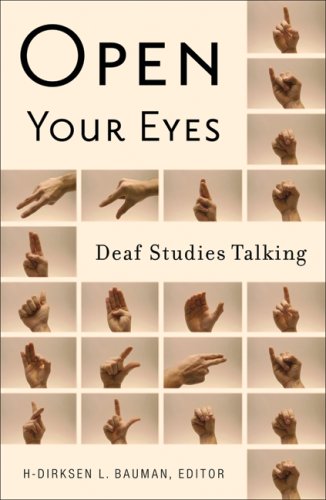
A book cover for Open Your Eyes: Deaf Studies Talking; Reference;